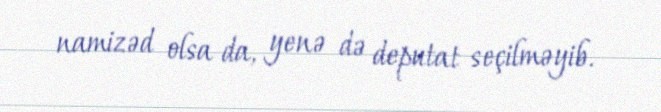
namizəd olsa da, yenə də deputat seçilməyib.